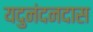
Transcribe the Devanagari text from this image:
यदुनंदनदास